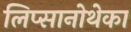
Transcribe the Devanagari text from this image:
लिप्सानोथेका